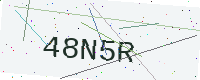
Text: 48N5R